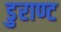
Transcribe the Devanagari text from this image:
डुराण्ट